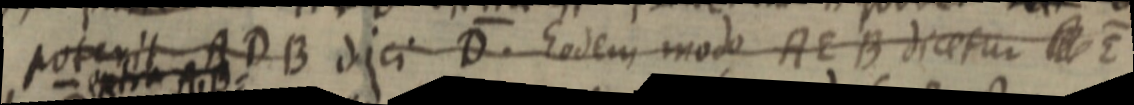
poterit ADB dici D. Eodem modo AEB dicetur E